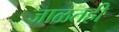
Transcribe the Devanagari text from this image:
जाळतही